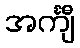
အင်္ကျီ